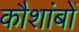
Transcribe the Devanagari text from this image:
कौशांबों